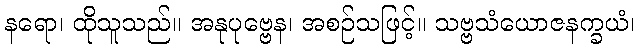
နရော၊ ထိုသူသည်။ အနုပုဗ္ဗေန၊ အစဉ်သဖြင့်။ သဗ္ဗသံယောဇနက္ခယံ၊